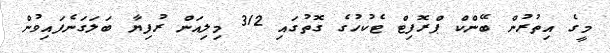
މީގެ އިތުރުން ބޭންކް ޕްރޮފިޓް ޓެކުހުގެ ގޮތުގައި 312 މިލިއަން ރުފިޔާ ބަލަގަނެފައިވުން